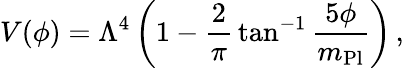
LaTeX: V(\phi)=\Lambda^{4}\left(1-\frac{2}{\pi}\, \tan^{-1}\frac{5\phi}{m_{\mathrm{Pl}}}\right)\, ,